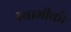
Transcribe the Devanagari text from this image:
स्वामीकॊ